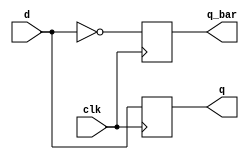
module neg_edge_d_ff (
    input d, // Data input
    input clk, // Clock input
    output reg q, // Stored data output
    output reg q_bar // Inverted stored data output
);

// Sequential logic block for negative edge-triggered D flip-flop
always @(negedge clk) begin
    q <= d;
    q_bar <= ~d;
end

endmodule